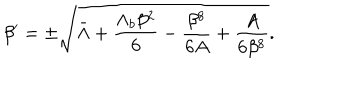
\beta ^ { \prime } = \pm \sqrt { \bar { \Lambda } + \frac { \Lambda _ { b } \beta ^ { 2 } } { 6 } - \frac { \beta ^ { 8 } } { 6 A } + \frac { A } { 6 \beta ^ { 8 } } } .